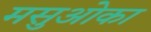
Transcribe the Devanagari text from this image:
मसुओका